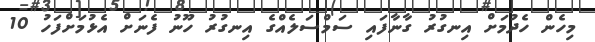
މިހެން ހެދުމަށް އިނގުރު ގާނާފައި ސަމްސަލެއްގެ އިނގުރު ހޫނު ފެނަށް އެޅުމަށްފަހު 10